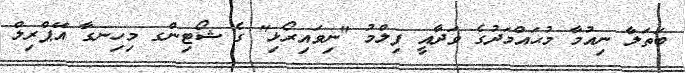
ބަތަލާ ނިއުމާ މުޙައްމަދުގެ ވަދާއީ ފިލްމު "ނިވައިރޯޅި" ގެ ޝޯޓިންގ މިހިނގާ އޭޕްރިލް